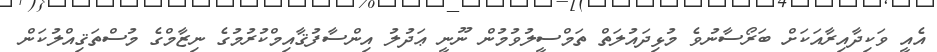
އެއީ ވަކިދާއިރާއަކަށް ބަރޯސާނުވެ މުޅިދައުލަތް ތަމްސީލުވުމުން ނޫނީ ޢަދުލު އިންސާފުޤާއިމްކުރުމުގެ ނިޒާމްގެ މުސްތަޤިއްލުކަން